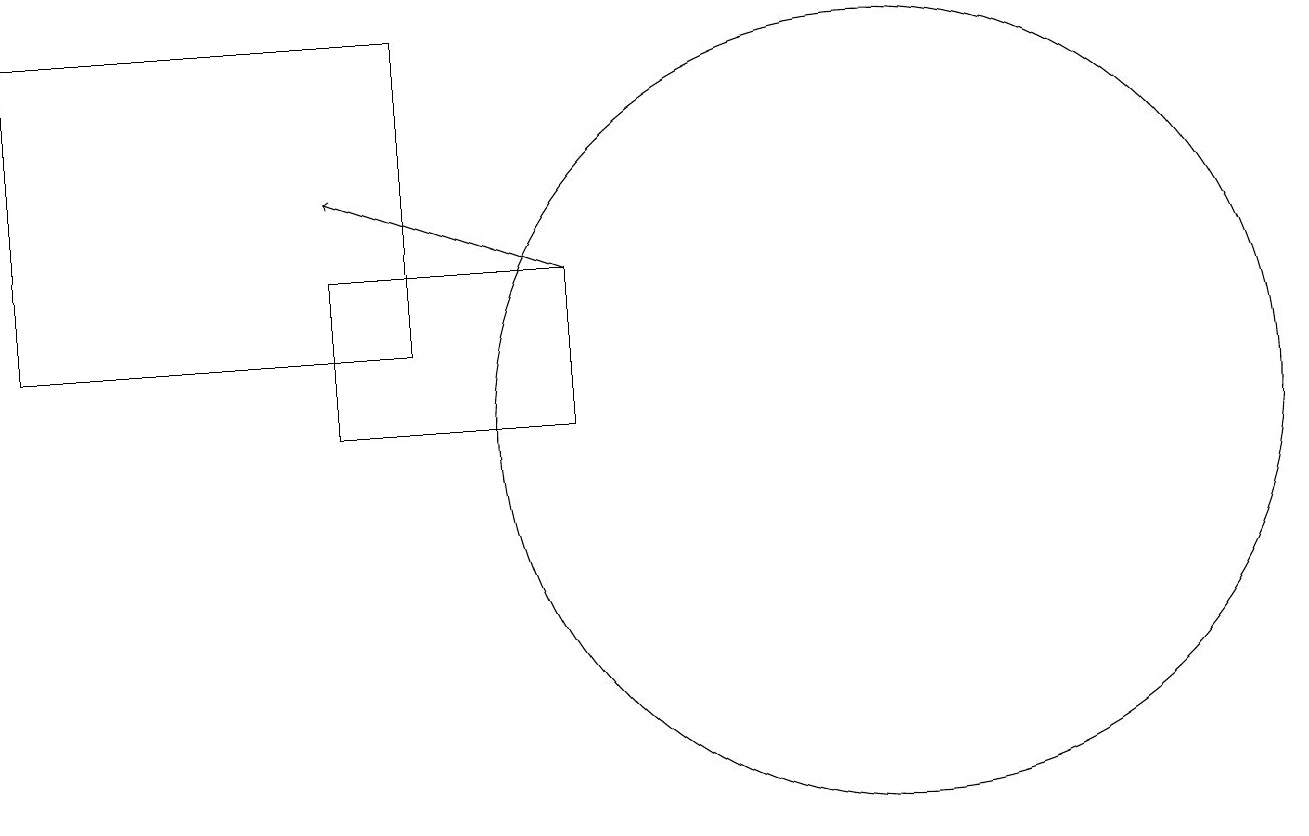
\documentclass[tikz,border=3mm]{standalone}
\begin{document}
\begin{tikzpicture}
\draw (7,12) rectangle (4,10);
\draw (11,10) circle (5);
\draw (5,11) rectangle (0,15);
\draw[->] (7,12) -- (4,13);
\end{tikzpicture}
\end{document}